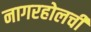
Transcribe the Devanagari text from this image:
नागरहोलची